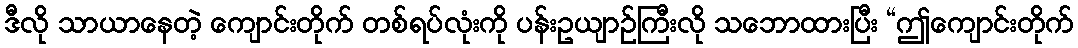
ဒီလို သာယာနေတဲ့ ကျောင်းတိုက် တစ်ရပ်လုံးကို ပန်းဥယျာဉ်ကြီးလို သဘောထားပြီး “ဤကျောင်းတိုက်